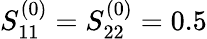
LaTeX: S_{11}^{(0)}=S_{22}^{(0)}=0.5